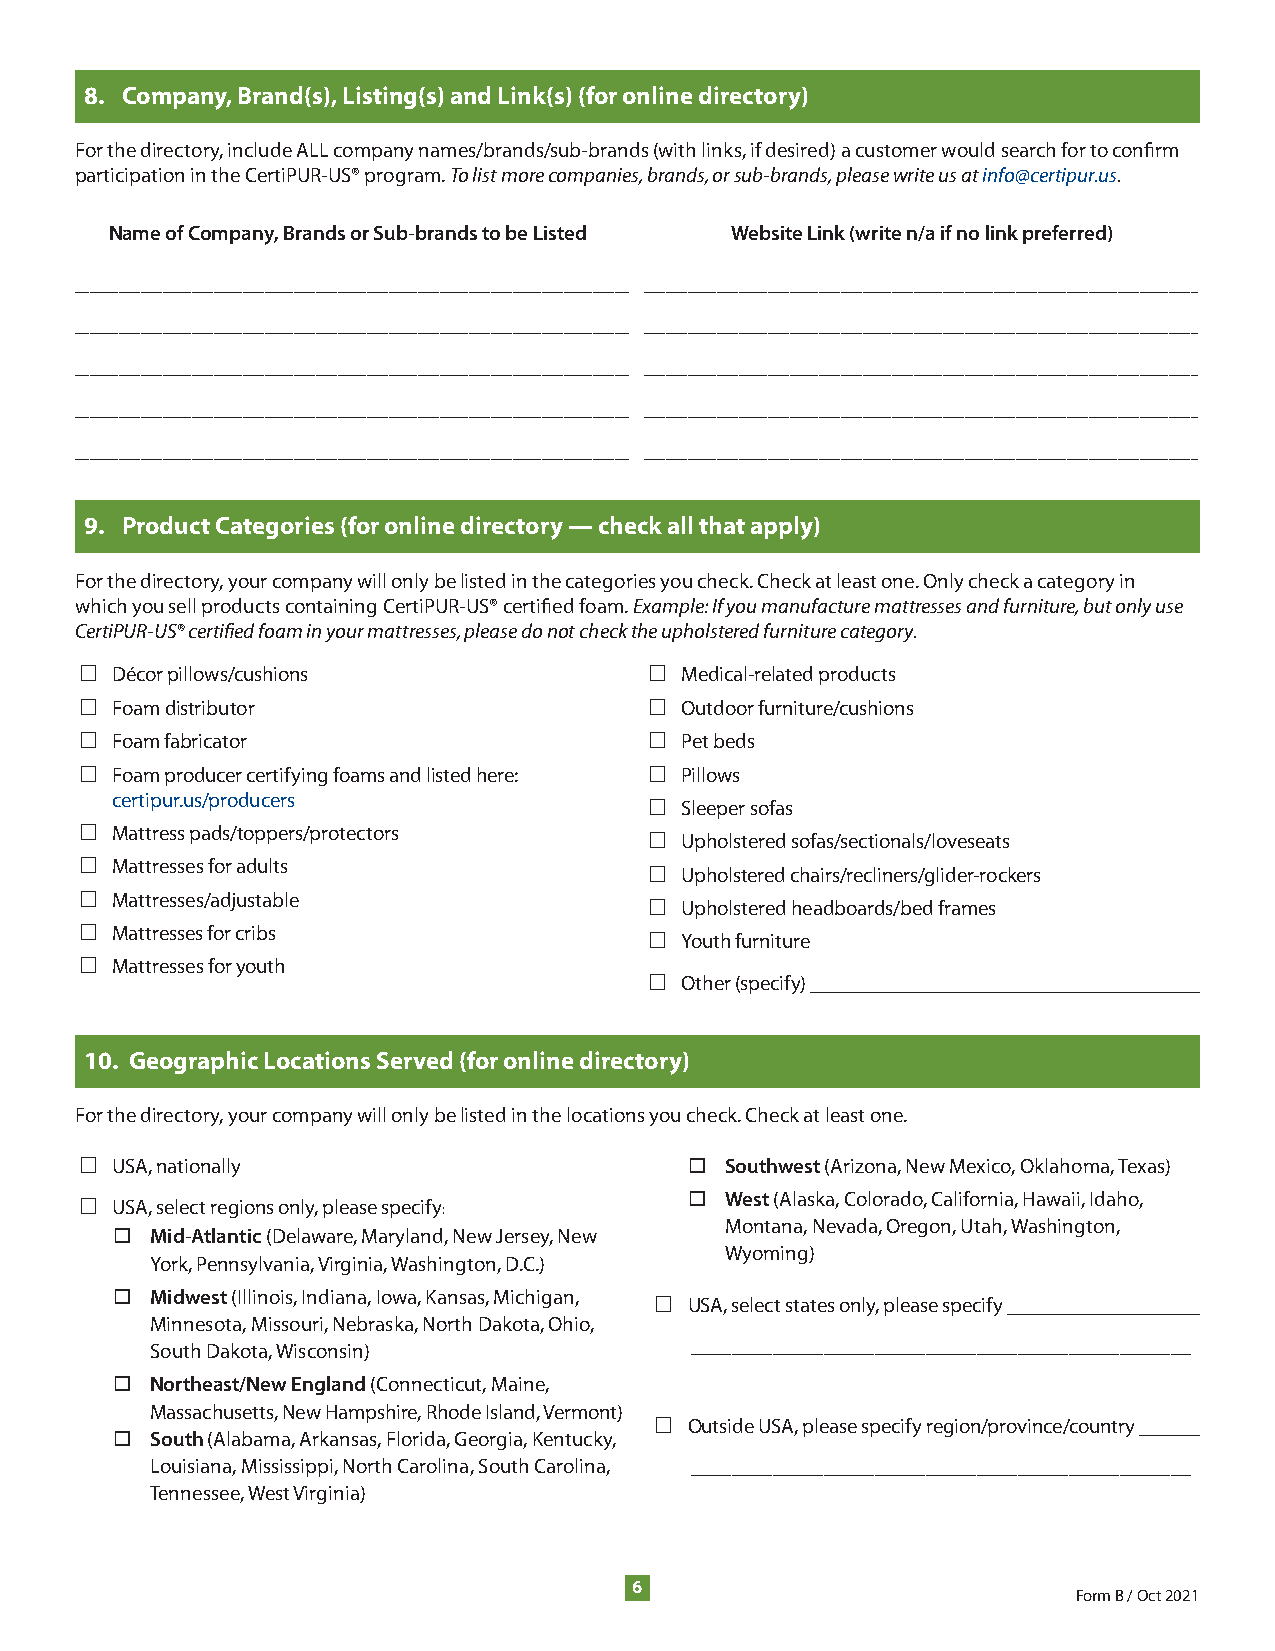
8. Company, Brand(s), Listing(s) and Link(s) (for online directory)
 For the directory, include ALL company names/brands/sub-brands (with links, if desired) a customer would search for to confirm
 participation in the CertiPUR-US® program . To list more companies, brands, or sub-brands, please write us at info@certipur.us.
 Name of Company, Brands or Sub-brands to be Listed Website Link (write n/a if no link preferred)
 ____________________________________________________________________________ ____________________________________________________________________________
 ____________________________________________________________________________ ____________________________________________________________________________
 ____________________________________________________________________________ ____________________________________________________________________________
 ____________________________________________________________________________ ____________________________________________________________________________
 ____________________________________________________________________________ ____________________________________________________________________________
 9. Product Categories (for online directory — check all that apply)
 For the directory, your company will only be listed in the categories you check . Check at least one . Only check a category in
 which you sell products containing CertiPUR-US® certified foam . Example: If you manufacture mattresses and furniture, but only use
 CertiPUR-US® certified foam in your mattresses, please do not check the upholstered furniture category.
 □ Décor pillows/cushions              □ Medical-related products
 □ Foam distributor                    □ Outdoor furniture/cushions
 □ Foam fabricator                     □ Pet beds
 □ Foam producer certifying foams and listed here: □ Pillows
 certipur .us/producers
 □ Sleeper sofas
 □ Mattress pads/toppers/protectors
 □ Upholstered sofas/sectionals/loveseats
 □ Mattresses for adults
 □ Upholstered chairs/recliners/glider-rockers
 □ Mattresses/adjustable
 □ Upholstered headboards/bed frames
 □ Mattresses for cribs
 □ Youth furniture
 □ Mattresses for youth
 □ Other (specify) _____________________________________
 10. Geographic Locations Served (for online directory)
 For the directory, your company will only be listed in the locations you check . Check at least one .
 □ USA, nationally                          Southwest (Arizona, New Mexico, Oklahoma, Texas)
 West (Alaska, Colorado, California, Hawaii, Idaho,
 □ USA, select regions only, please specify:
 Montana, Nevada, Oregon, Utah, Washington,
 Mid-Atlantic (Delaware, Maryland, New Jersey, New
 Wyoming)
 York, Pennsylvania, Virginia, Washington, D .C .)
 Midwest (Illinois, Indiana, Iowa, Kansas, Michigan,
 □  USA, select states only, please specify __________________
 Minnesota, Missouri, Nebraska, North Dakota, Ohio,
 South Dakota, Wisconsin)            _________________________________________________
 Northeast/New England (Connecticut, Maine,
 Massachusetts, New Hampshire, Rhode Island, Vermont)
 □  Outside USA, please specify region/province/country _____
 South (Alabama, Arkansas, Florida, Georgia, Kentucky,
 Louisiana, Mississippi, North Carolina, South Carolina, _________________________________________________
 Tennessee, West Virginia)
 66
 Form B / Oct 2021